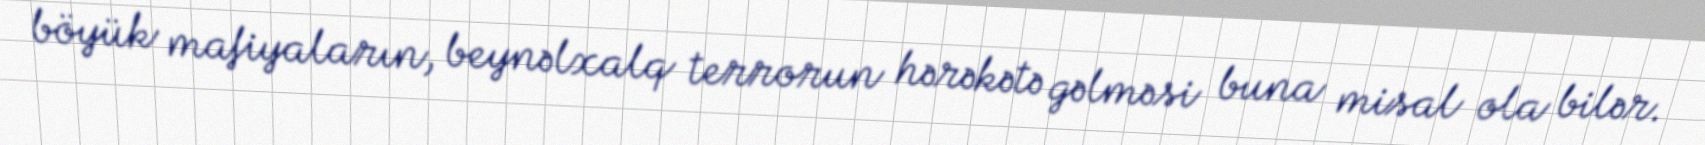
böyük mafiyaların, beynəlxalq terrorun hərəkətə gəlməsi buna misal ola bilər.